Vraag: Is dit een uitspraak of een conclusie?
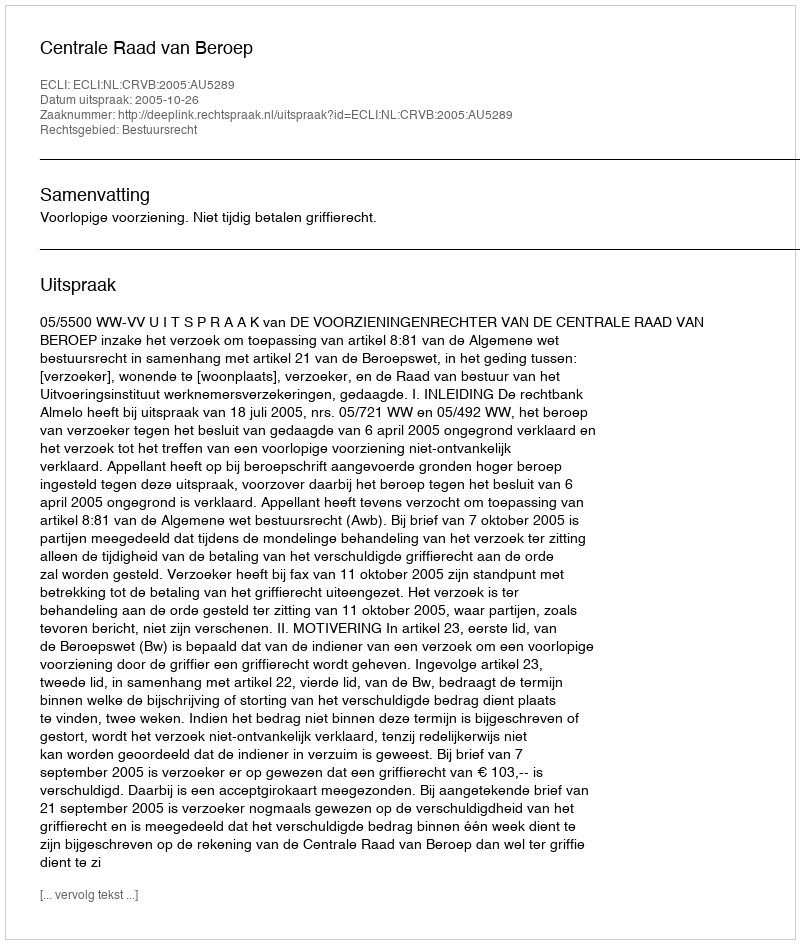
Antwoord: Uitspraak